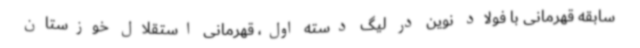
سابقه قهرمانی با فولاد نوین در لیگ دسته اول، قهرمانی استقلال خوزستان